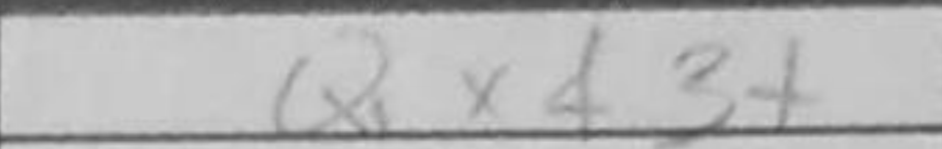
Transcription: Qxf3+